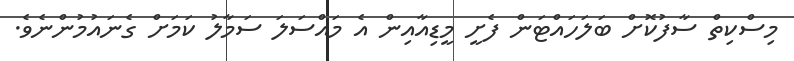
މިސްކިތް ސާފުކޮށް ބަލަހައްޓަން ފެށީ މީޑިއާއިން އެ މައްސަލަ ސަމާލު ކަމަށް ގެނައުމުންނެވެ.